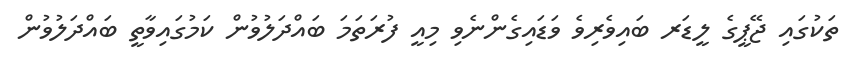
ތަކުގައި ޖޭޕީގެ ލީޑަރ ބައިވެރިވެ ވަޑައިގެންނެވި މިއީ ފުރަތަމަ ބައްދަލުވުން ކަމުގައިވާތީ ބައްދަލުވުން